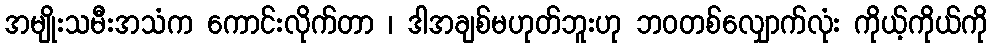
အမျိုးသမီးအသံက ကောင်းလိုက်တာ ၊ ဒါအချစ်မဟုတ်ဘူးဟု ဘဝတစ်လျှောက်လုံး ကိုယ့်ကိုယ်ကို